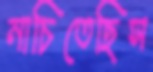
নাচিতেছিস